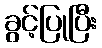
ခွင့်ပြုပြီး